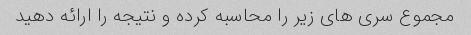
مجموع سری های زیر را محاسبه کرده و نتیجه را ارائه دهید